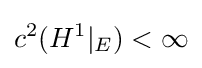
c^{2}(H^{1}|_{E})<\infty